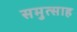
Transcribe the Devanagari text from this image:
समुत्साह